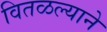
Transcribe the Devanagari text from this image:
वितळल्याने